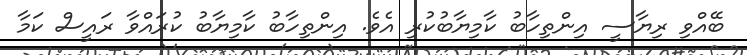
ބޭއްވި ރިޔާސީ އިންތިހާބު ކާމިޔާބުކުރި އެވެ. އިންތިހާބު ކާމިޔާބު ކުރައްވާ ރައީސް ކަމާ